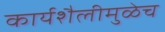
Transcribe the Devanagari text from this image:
कार्यशैलीमुळेच